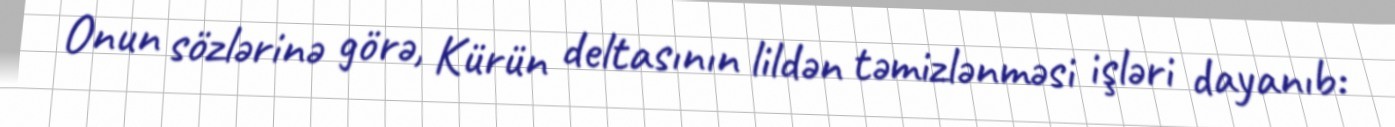
Onun sözlərinə görə, Kürün deltasının lildən təmizlənməsi işləri dayanıb: